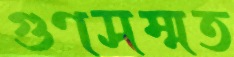
গুণসম্মত